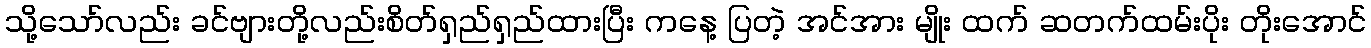
သို့သော်လည်း ခင်ဗျားတို့လည်းစိတ်ရှည်ရှည်ထားပြီး ကနေ့ ပြတဲ့ အင်အား မျိုး ထက် ဆတက်ထမ်းပိုး တိုးအောင်